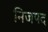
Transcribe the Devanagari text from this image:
निजपद